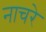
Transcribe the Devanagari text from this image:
नाचरे